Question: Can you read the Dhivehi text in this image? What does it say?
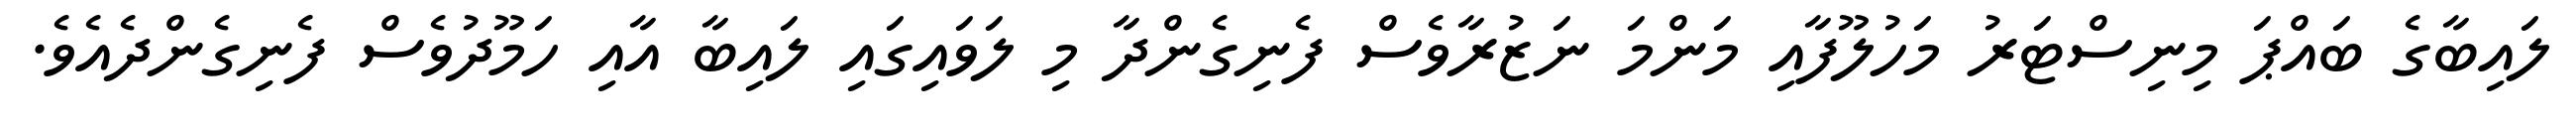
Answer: ލައިބާގެ ބައްޕަ މިނިސްޓަރު މަހުލޫފާއި މަންމަ ނަޒުރާވެސް ފެނިގެންދާ މި ލަވައިގައި ލައިބާ އާއި ހަމޫދުވެސް ފެނިގެންދެއެވެ.